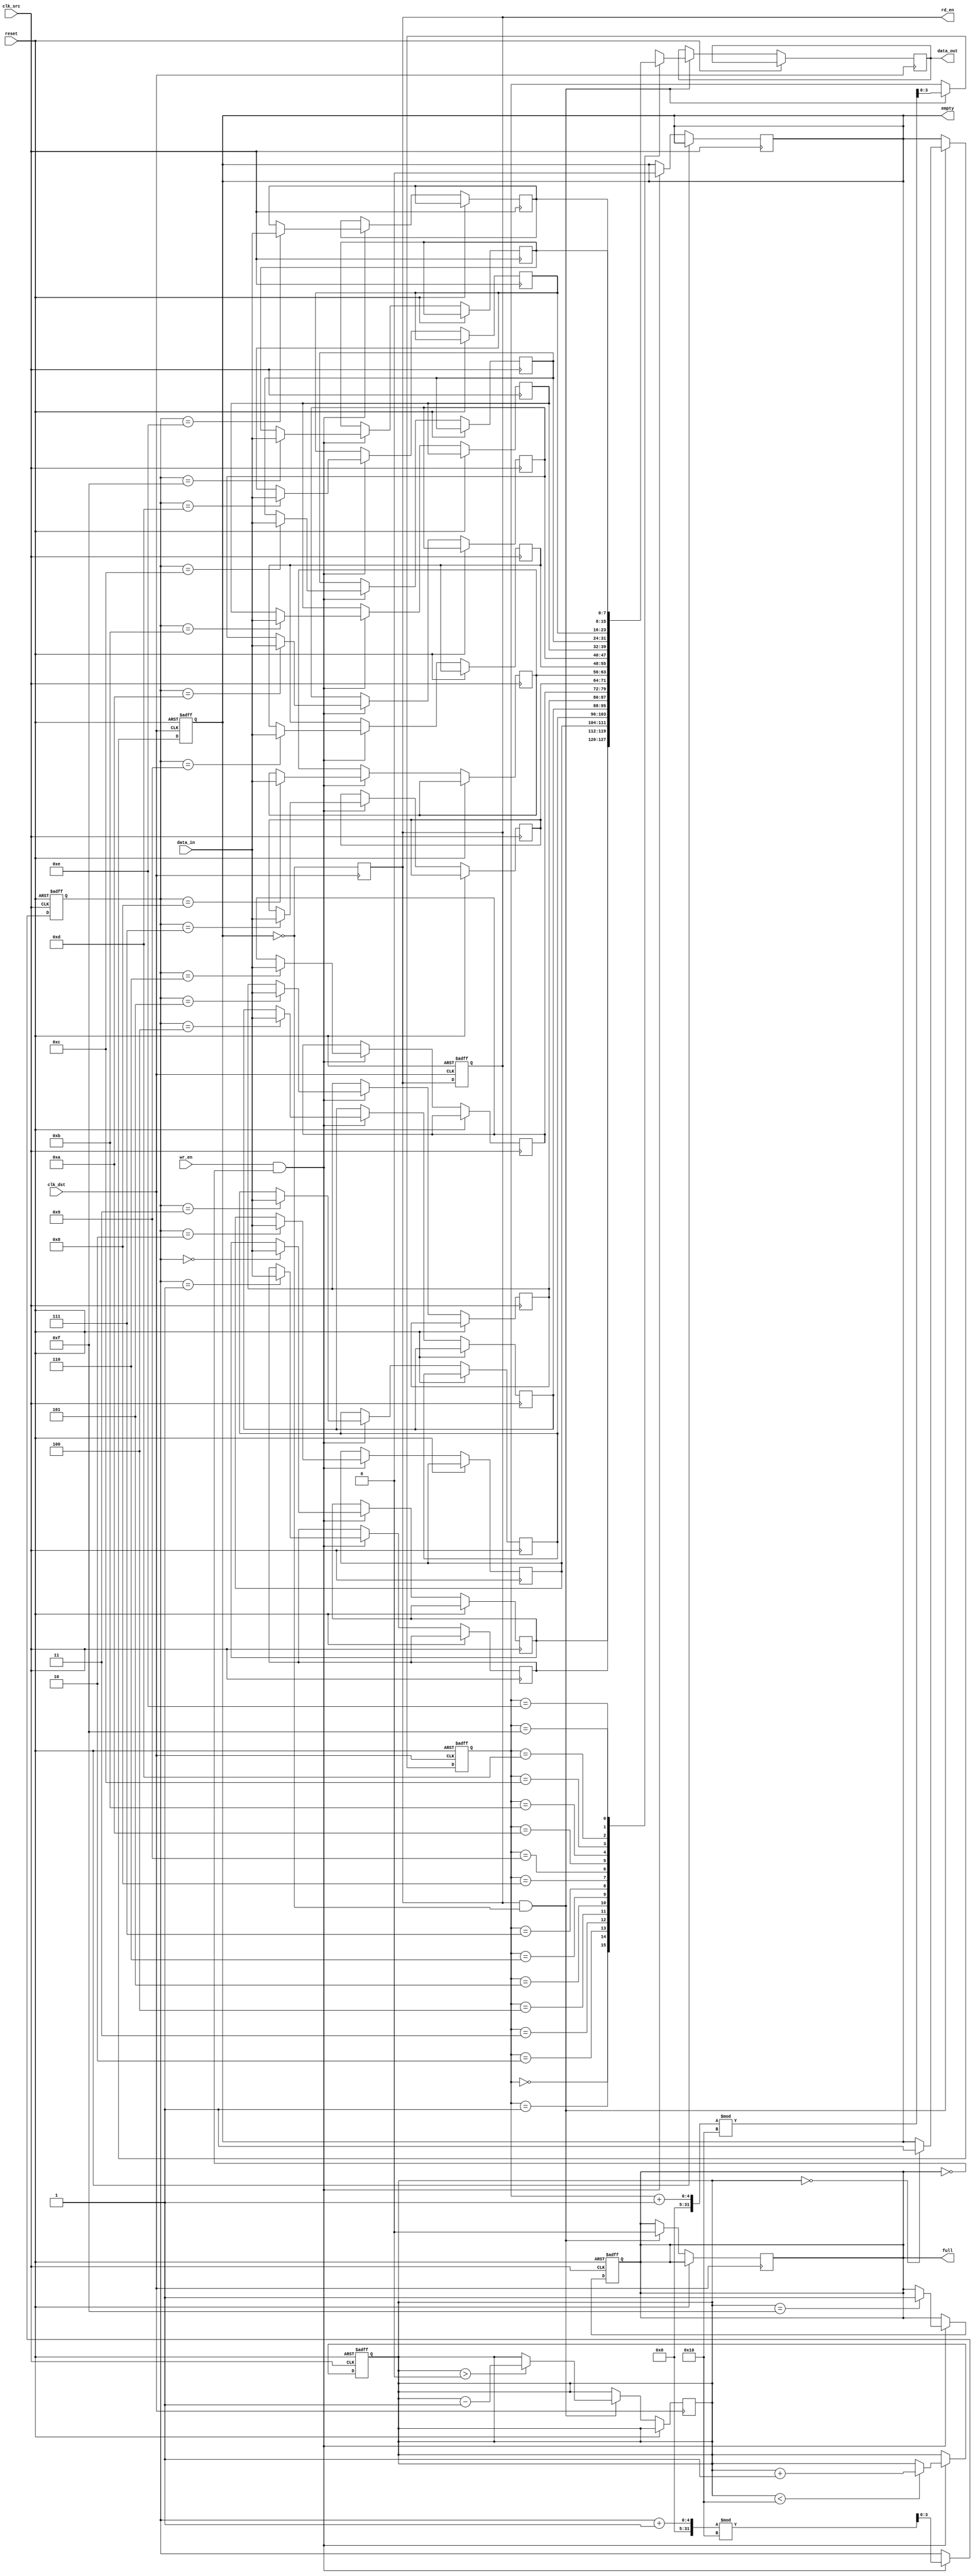
module fifo_synchronizer #(
    parameter DATA_WIDTH = 8,    // Width of the data
    parameter FIFO_DEPTH = 16     // Depth of the FIFO
) (
    input wire clk_src,           // Source clock
    input wire clk_dst,           // Destination clock
    input wire reset,             // Asynchronous reset
    input wire wr_en,             // Write enable for source clock domain
    input wire [DATA_WIDTH-1:0] data_in,  // Data input
    output reg rd_en,             // Read enable for destination clock domain
    output reg [DATA_WIDTH-1:0] data_out, // Data output
    output reg full,              // FIFO full indicator
    output reg empty              // FIFO empty indicator
);

    // FIFO Memory
    reg [DATA_WIDTH-1:0] fifo_mem [0:FIFO_DEPTH-1];
    
    // Write and Read pointers
    reg [clog2(FIFO_DEPTH)-1:0] w_ptr, r_ptr;
    reg [clog2(FIFO_DEPTH)-1:0] w_cnt; // Count of written data
    
    // Calculate log2 of FIFO_DEPTH
    function integer clog2;
        input integer value;
        integer i;
        begin
            value = value - 1;
            for (i = 0; value > 0; i = i + 1)
                value = value >> 1;
            clog2 = i;
        end
    endfunction
    
    // Write process: triggered by source clock
    always @(posedge clk_src or posedge reset) begin
        if (reset) begin
            w_ptr <= 0;
            w_cnt <= 0;
            full <= 0;
        end else if (wr_en && !full) begin
            fifo_mem[w_ptr] <= data_in; // Write data to FIFO
            w_ptr <= (w_ptr + 1) % FIFO_DEPTH; // Circular buffer
            if (w_cnt < FIFO_DEPTH)
                w_cnt <= w_cnt + 1; // Increment count
            if (w_cnt == FIFO_DEPTH-1)
                full <= 1; // FIFO is full
            empty <= 0; // FIFO is not empty
        end
    end

    // Read process: triggered by destination clock
    always @(posedge clk_dst or posedge reset) begin
        if (reset) begin
            r_ptr <= 0;
            rd_en <= 0;
            empty <= 1; // Initially empty
        end else if (rd_en && !empty) begin
            data_out <= fifo_mem[r_ptr]; // Read data from FIFO
            r_ptr <= (r_ptr + 1) % FIFO_DEPTH; // Circular buffer
            if (w_cnt > 0)
                w_cnt <= w_cnt - 1; // Decrement count
            if (w_cnt == 0)
                empty <= 1; // FIFO becomes empty
            full <= 0; // FIFO is not full
        end
    end

    // Generate read-enable for data available
    always @(posedge clk_dst) begin
        rd_en <= !empty; // Signal to read if FIFO is not empty
    end

endmodule